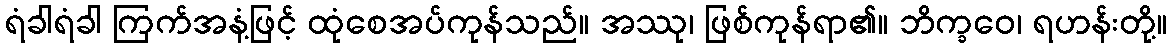
ရံခါရံခါ ကြက်အနံ့ဖြင့် ထုံစေအပ်ကုန်သည်။ အဿု၊ ဖြစ်ကုန်ရာ၏။ ဘိက္ခဝေ၊ ရဟန်းတို့။